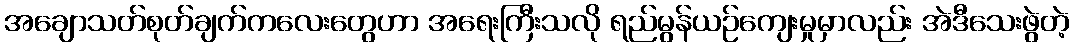
အချောသတ်စုတ်ချက်ကလေးတွေဟာ အရေးကြီးသလို ရည်မွန်ယဉ်ကျေးမှုမှာလည်း အဲဒီသေးဖွဲတဲ့